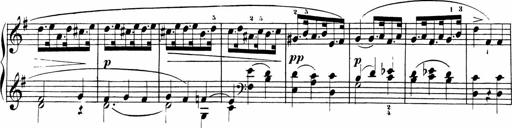
Title: Sonatinas
Composer: Andrew Violette